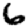
Digit: 6